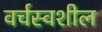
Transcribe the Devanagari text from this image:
वर्चस्वशील